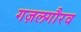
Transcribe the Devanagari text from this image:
गज़लगौरव